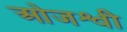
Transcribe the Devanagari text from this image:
ओजश्वी